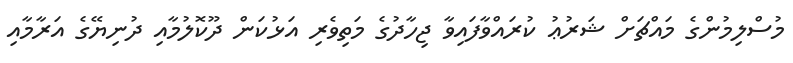
މުސްލިމުންގެ މައްޗަށް ޝަރުޢު ކުރައްވާފައިވާ ޖިހާދުގެ މަތިވެރި އަޅުކަން ދޫކޮލުމާއި ދުނިޔޭގެ އަރާމާއި